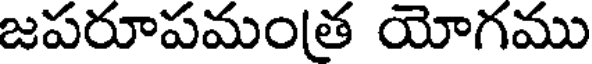
జపరూపమంత యోగము